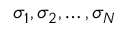
{ \sigma } _ { 1 } , { \sigma } _ { 2 } , \ldots , { \sigma } _ { N }